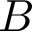
B